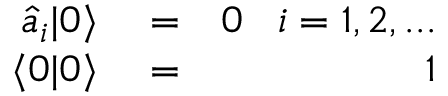
\begin{array} { r l r } { \hat { a } _ { i } | 0 \rangle } & { { } = } & { 0 \; \; \; i = 1 , 2 , . . . } \\ { \langle 0 | 0 \rangle } & { { } = } & { 1 } \end{array}